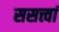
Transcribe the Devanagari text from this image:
ससत्त्वां